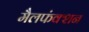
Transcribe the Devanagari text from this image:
मैलफंक्शन